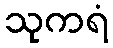
သုကရံ